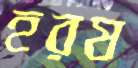
হরষ